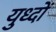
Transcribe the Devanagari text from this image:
युध्दों